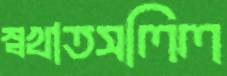
স্বখাতসলিল